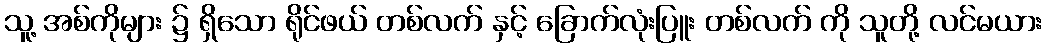
သူ့ အစ်ကိုများ ၌ ရှိသော ရိုင်ဖယ် တစ်လက် နှင့် ခြောက်လုံးပြူး တစ်လက် ကို သူတို့ လင်မယား